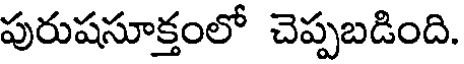
పురుషసూక్తంలో చెప్పబడింది.